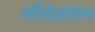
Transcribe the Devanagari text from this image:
सौतेलापन